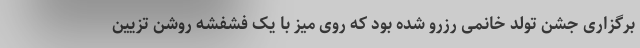
برگزاری جشن تولد خانمی رزرو شده بود که روی میز با یک فشفشه روشن تزیین